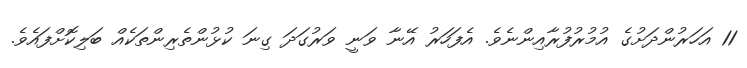
11 އަހަރުންދަށުގެ އުމުރުފުރާއިންނެވެ. އެފަހަރު އޭނާ ވަނީ ވަރުގަދަ ގިނަ ކުޅުންތެރިންތަކެއް ބަލިކޮށްފައެވެ.